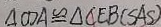
\Delta C D A \cong \Delta C E B ( S A S )